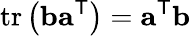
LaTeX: \operatorname{tr}\left(\mathbf{b}\mathbf{a}^{\textsf{T}}\right)=\mathbf{a}^{\textsf{T}}\mathbf{b}